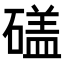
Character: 𥕤